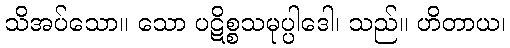
သိအပ်သော။ သော ပဋိစ္စသမုပ္ပါဒေါ၊ သည်။ ဟိတာယ၊